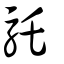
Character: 馲